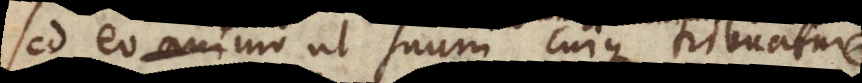
sed eo consilio, ut suum cuique tribuatur,